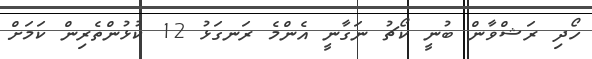
ހޯދި ރަޝްވާން ބުނީ ކޯޗު ނަގާނީ އެންމެ ރަނގަޅު 12 ކުޅުންތެރިން ކަމަށް